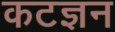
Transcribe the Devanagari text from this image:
कटज्ञन